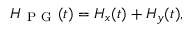
H _ { \mathrm { ~ P ~ G ~ } } ( t ) = H _ { x } ( t ) + H _ { y } ( t ) ,